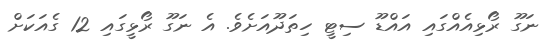
ނަގޫ ރޯޅިއެއްގައި އައްޑޫ ސިޓީ ހިތަދޫއަށެވެ. އެ ނަގޫ ރޯޅީގައި 12 ގެއަކަށް